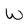
Character: w